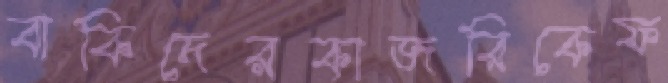
বাকিদেরকাজরিকেফ